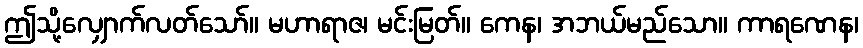
ဤသို့လျှောက်လတ်သော်။ မဟာရာဇ၊ မင်းမြတ်။ ကေန၊ အဘယ်မည်သော။ ကာရဏေန၊